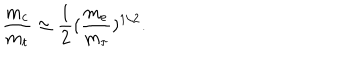
\frac { m _ { c } } { m _ { t } } \simeq \frac { 1 } { 2 } ( \frac { m _ { e } } { m _ { \tau } } ) ^ { 1 / 2 } .